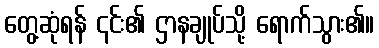
တွေ့ဆုံရန် ၎င်း၏ ဌာနချုပ်သို့ ရောက်သွား၏။